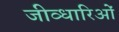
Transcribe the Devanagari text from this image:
जीव्धारिओं